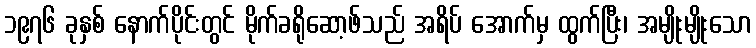
၁၉၇၆ ခုနှစ် နောက်ပိုင်းတွင် မိုက်ခရိုဆော့ဖ်သည် အရိပ် အောက်မှ ထွက်ပြီး၊ အမျိုးမျိုးသော